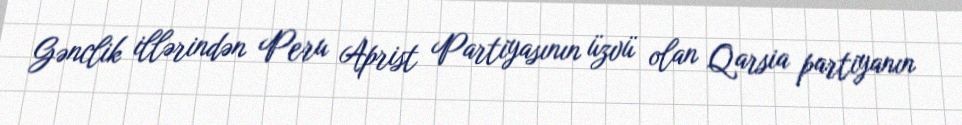
Gənclik illərindən Peru Aprist Partiyasının üzvü olan Qarsia partiyanın